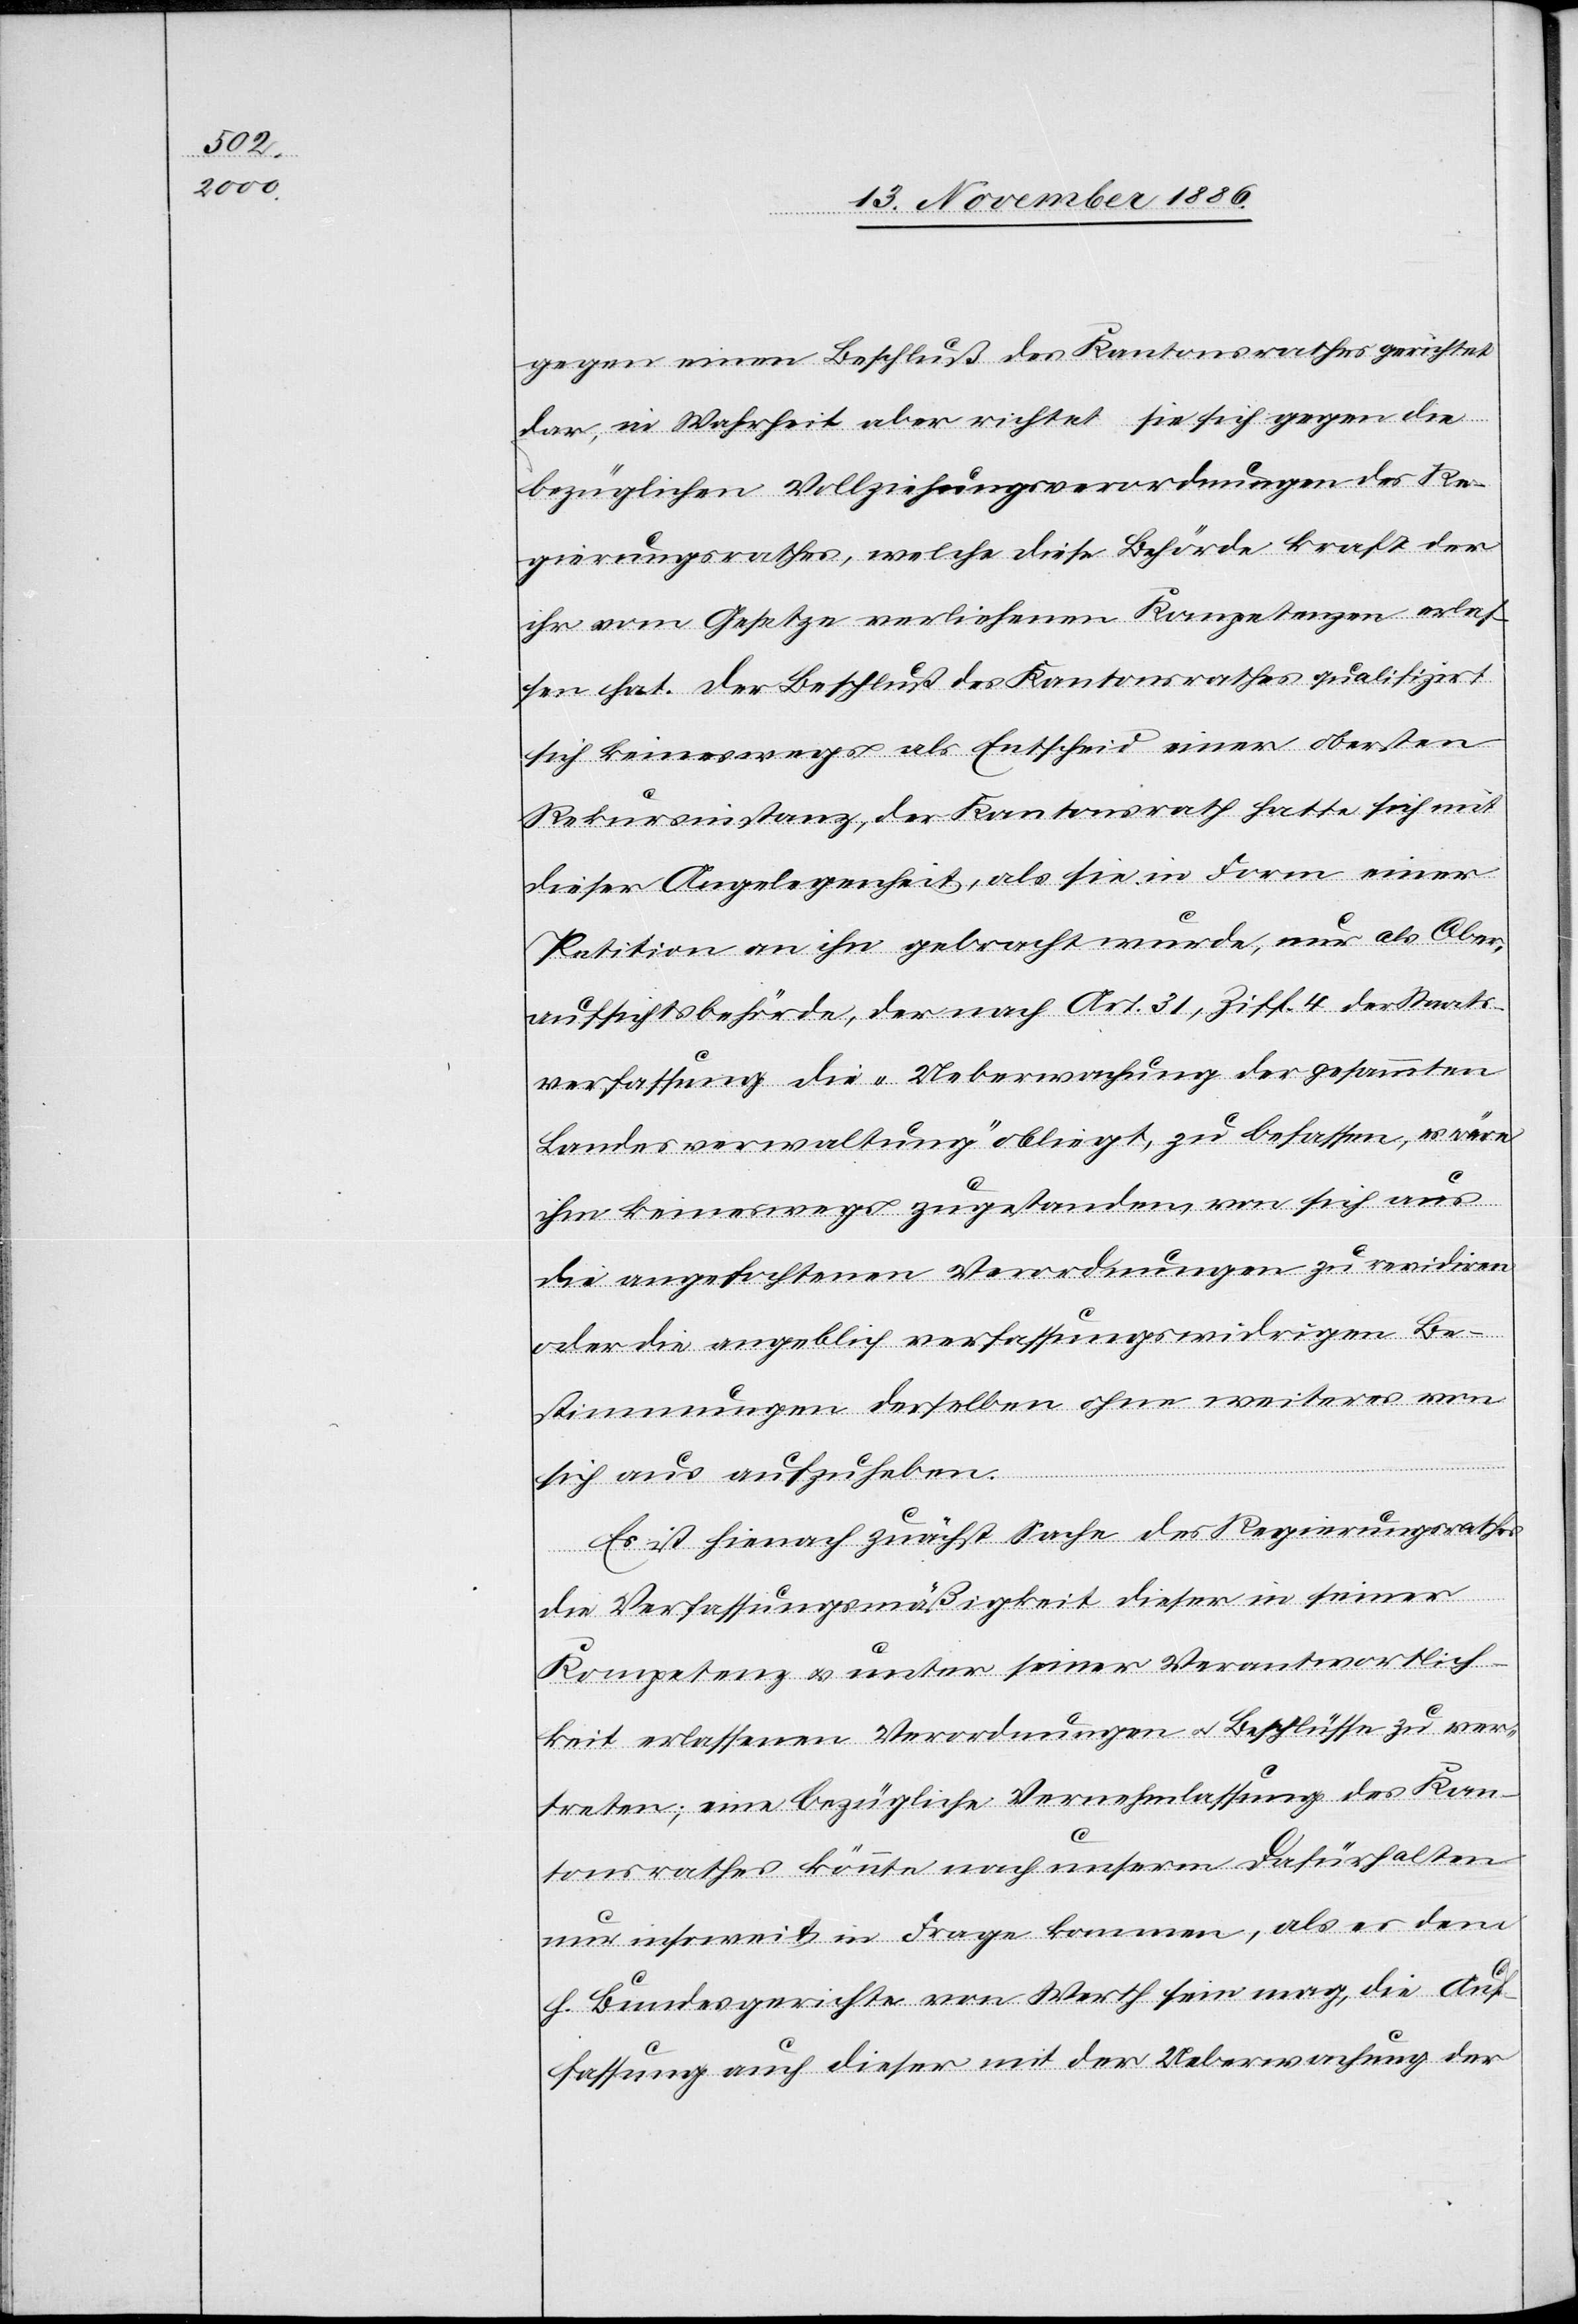
gegen einen Beschluß des Kantonsrathes gerichtet
dar, in Wahrheit aber richtet sie sich gegen die
bezüglichen Vollziehungsverordnungen des Re¬
gierungsrathes, welche diese Behörde kraft der
ihr vom Gesetze verliehenen Kompetenzen erle¬
sen hat. Der Beschluß des Kantonsrathes qualifizirt
sich keineswegs als Entscheid einer obersten
Rekursinstanz, der Kantonsrath hatte sich mit
dieser Angelegenheit, als sie in Form einer
Petition an ihn gebracht wurde, nur als Ober¬
aufsichtsbehörde, der nach Art. 31, Ziff. 4 der Staats¬
verfassung die „Ueberwachung der gesammten
Landesverwaltung“ obliegt, zu befassen, es wäre
ihm keineswegs zugestanden, von sich aus
die angefochtenen Verordnungen zu revidiren
oder die angeblich verfassungswidrigen Be¬
stimmungen derselben ohne weiteres von
sich aus aufzuheben.
Es ist hienach zunächst Sache des Regierungsrathes
die Verfassungsmäßigkeit dieser in seiner
Kompetenz & unter seiner Verantwortlich¬
keit erlassenen Verordnungen & Beschlüsse zu ver¬
treten; eine bezügliche Vernehmlassung des Kan¬
tonsrathes könnte nach unserm Dafürhalten
nur insoweit in Frage kommen, als es dem
h. Bundesgerichte von Werth sein mag, die Auf¬
fassung auch dieser mit der Ueberwachung der